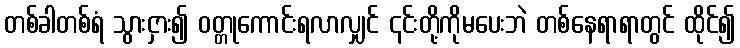
တစ်ခါတစ်ရံ သွားငှား၍ ဝတ္တုကောင်းရလာလျှင် ၎င်းတို့ကိုမပေးဘဲ တစ်နေရာရာတွင် ထိုင်၍